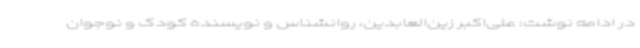
در ادامه نوشت: علی‌اکبر زین‌العابدین، روانشناس و نویسنده کودک و نوجوان